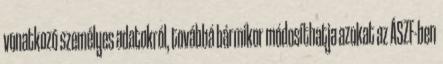
vonatkozó személyes adatokról, továbbá bármikor módosíthatja azokat az ÁSZF-ben